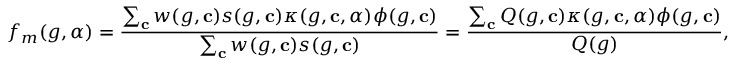
f _ { m } ( g , \alpha ) = \frac { \sum _ { \mathbf { c } } w ( g , \mathbf { c } ) s ( g , \mathbf { c } ) \kappa ( g , \mathbf { c } , \alpha ) \phi ( g , \mathbf { c } ) } { \sum _ { \mathbf { c } } w ( g , \mathbf { c } ) s ( g , \mathbf { c } ) } = \frac { \sum _ { \mathbf { c } } Q ( g , \mathbf { c } ) \kappa ( g , \mathbf { c } , \alpha ) \phi ( g , \mathbf { c } ) } { Q ( g ) } ,